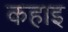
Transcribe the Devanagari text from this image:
कहाइ